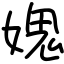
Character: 媿